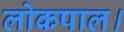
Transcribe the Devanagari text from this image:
लोकपाल।